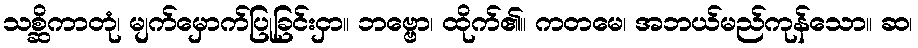
သစ္ဆိကာတုံ၊ မျက်မှောက်ပြုခြင်းငှာ။ ဘဗ္ဗော၊ ထိုက်၏။ ကတမေ၊ အဘယ်မည်ကုန်သော။ ဆ၊